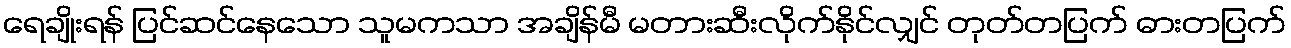
ရေချိုးရန် ပြင်ဆင်နေသော သူမကသာ အချိန်မီ မတားဆီးလိုက်နိုင်လျှင် တုတ်တပြက် ဓားတပြက်